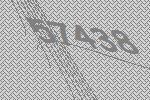
57438